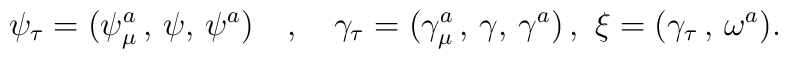
\psi _{\tau} = (\psi ^{a}_{\mu}\, , \, \psi , \, \psi ^{a} ) \quad , \quad  \gamma _{\tau} = ( \gamma ^{a}_{\mu}\, , \, \gamma , \, \gamma ^{a}) \, ,                        \, \, \xi = ( \gamma _{\tau}\, ,\, \omega ^{a}) .